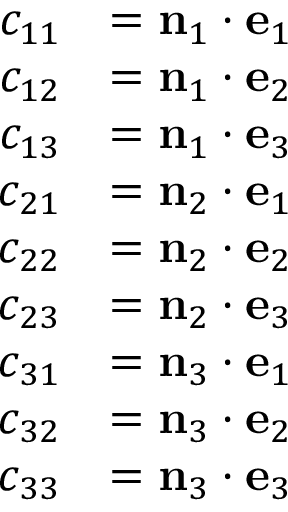
{ \begin{array} { r l } { c _ { 1 1 } } & { = \mathbf { n } _ { 1 } \cdot \mathbf { e } _ { 1 } } \\ { c _ { 1 2 } } & { = \mathbf { n } _ { 1 } \cdot \mathbf { e } _ { 2 } } \\ { c _ { 1 3 } } & { = \mathbf { n } _ { 1 } \cdot \mathbf { e } _ { 3 } } \\ { c _ { 2 1 } } & { = \mathbf { n } _ { 2 } \cdot \mathbf { e } _ { 1 } } \\ { c _ { 2 2 } } & { = \mathbf { n } _ { 2 } \cdot \mathbf { e } _ { 2 } } \\ { c _ { 2 3 } } & { = \mathbf { n } _ { 2 } \cdot \mathbf { e } _ { 3 } } \\ { c _ { 3 1 } } & { = \mathbf { n } _ { 3 } \cdot \mathbf { e } _ { 1 } } \\ { c _ { 3 2 } } & { = \mathbf { n } _ { 3 } \cdot \mathbf { e } _ { 2 } } \\ { c _ { 3 3 } } & { = \mathbf { n } _ { 3 } \cdot \mathbf { e } _ { 3 } } \end{array} }